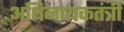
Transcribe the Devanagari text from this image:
अधिनायकतंत्री